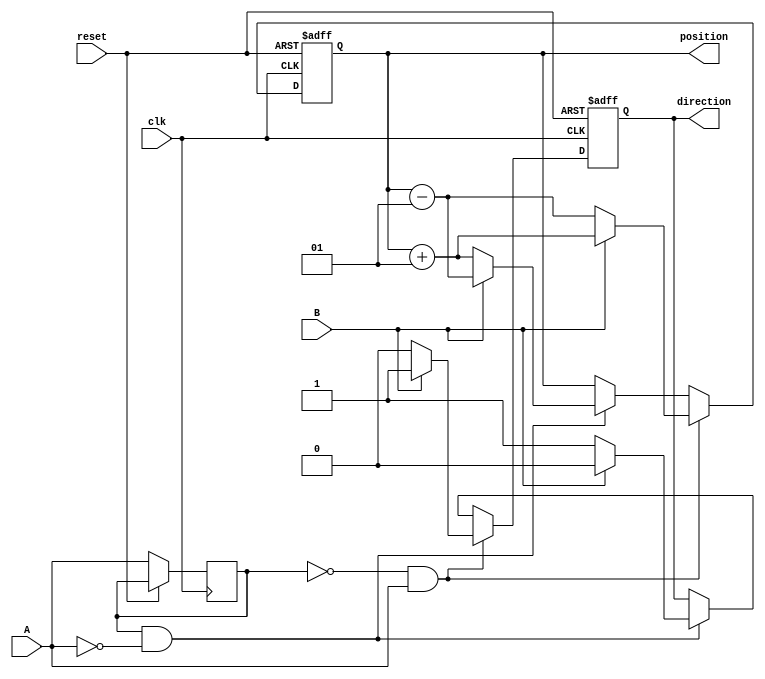
module rotary_encoder (
    input wire clk,          // Clock signal
    input wire A,           // Quadrature output A
    input wire B,           // Quadrature output B
    input wire reset,       // Asynchronous reset
    output reg signed [31:0] position = 0, // Current position (signed integer)
    output reg direction     // Direction of rotation (1 for CW, 0 for CCW)
);

    reg A_prev, B_prev; // Previous states of A and B

    always @(posedge clk or posedge reset) begin
        if (reset) begin
            position <= 0; // Reset position
            direction <= 0; // Reset direction
        end else begin
            // Store previous states
            A_prev <= A;
            B_prev <= B;
            
            // Detect changes on A
            if (A_prev == 0 && A == 1) begin // Rising edge of A
                if (B == 1) begin
                    position <= position + 1; // CW rotation
                    direction <= 1; // CW
                end else begin
                    position <= position - 1; // CCW rotation
                    direction <= 0; // CCW
                end
            end else if (A_prev == 1 && A == 0) begin // Falling edge of A
                if (B == 1) begin
                    position <= position - 1; // CCW rotation
                    direction <= 0; // CCW
                end else begin
                    position <= position + 1; // CW rotation
                    direction <= 1; // CW
                end
            end
        end
    end

endmodule